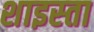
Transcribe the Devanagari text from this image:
शाइस्‍ता